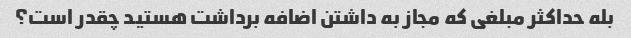
بله حداکثر مبلغی که مجاز به داشتن اضافه برداشت هستید چقدر است؟